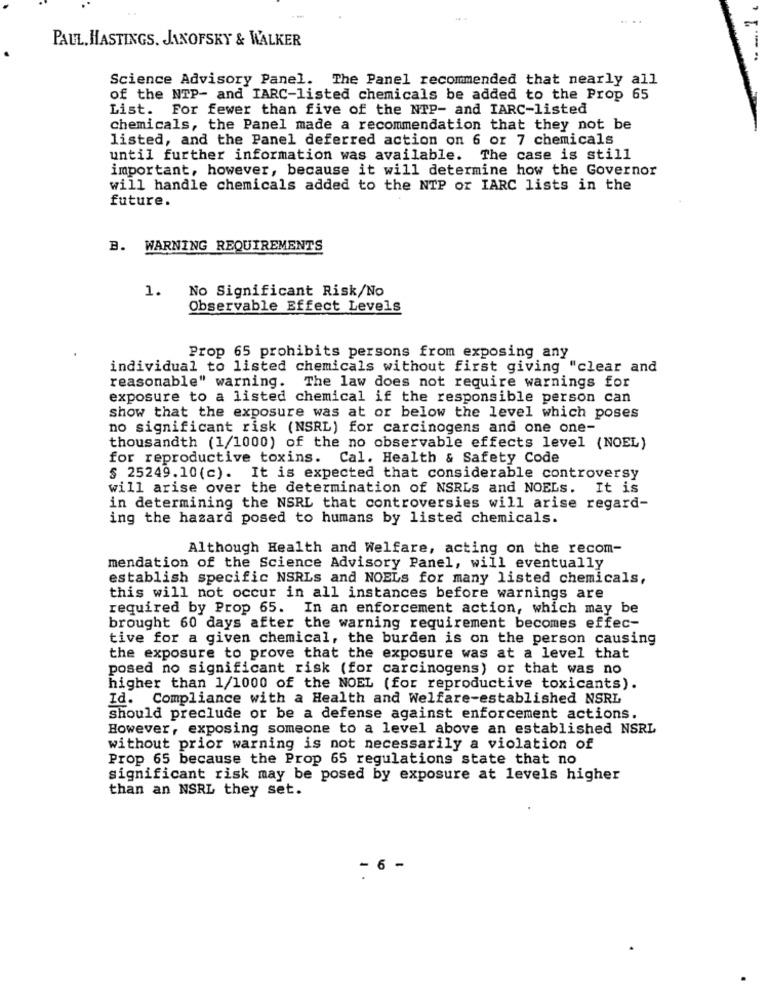
PAUL, HASTINGS. JANOFSKY & WALKER
Science Advisory Panel. The Panel recommended that nearly all
of the NTP- and IARC-listed chemicals be added to the Prop 65
List. For fewer than five of the NTP- and IARC-listed
chemicals, the Panel made a recommendation that they not be
listed, and the Panel deferred action on 6 or 7 chemicals
until further information was available. The case is still
important, however, because it will determine how the Governor
will handle chemicals added to the NTP or IARC lists in the
future.
B. WARNING REQUIREMENTS
No Significant Risk/No
1.
Observable Effect Levels
Prop 65 prohibits persons from exposing any
individual to listed chemicals without first giving "clear and
reasonable" warning. The law does not require warnings for
exposure to a listed chemical if the responsible person can
show that the exposure was at or below the level which poses
no significant risk (NSRL) for carcinogens and one one-
thousandth (1/1000) of the no observable effects level (NOEL)
for reproductive toxins. Cal. Health & Safety Code
$ 25249.10(c). It is expected that considerable controversy
will arise over the determination of NSRLS and NOELS. It is
in determining the NSRL that controversies will arise regard-
ing the hazard posed to humans by listed chemicals.
Although Health and Welfare, acting on the recom-
mendation of the Science Advisory Panel, will eventually
establish specific NSRLS and NOELS for many listed chemicals,
this will not occur in all instances before warnings are
required by Prop 65. In an enforcement action, which may be
brought 60 days after the warning requirement becomes effec-
tive for a given chemical, the burden is on the person causing
the exposure to prove that the exposure was at a level that
posed no significant risk (for carcinogens) or that was no
higher than 1/1000 of the NOEL (for reproductive toxicants).
Id. Compliance with a Health and Welfare-established NSRL
should preclude or be a defense against enforcement actions.
However, exposing someone to a level above an established NSRL
without prior warning is not necessarily a violation of
Prop 65 because the Prop 65 regulations state that no
significant risk may be posed by exposure at levels higher
than an NSRL they set.
6